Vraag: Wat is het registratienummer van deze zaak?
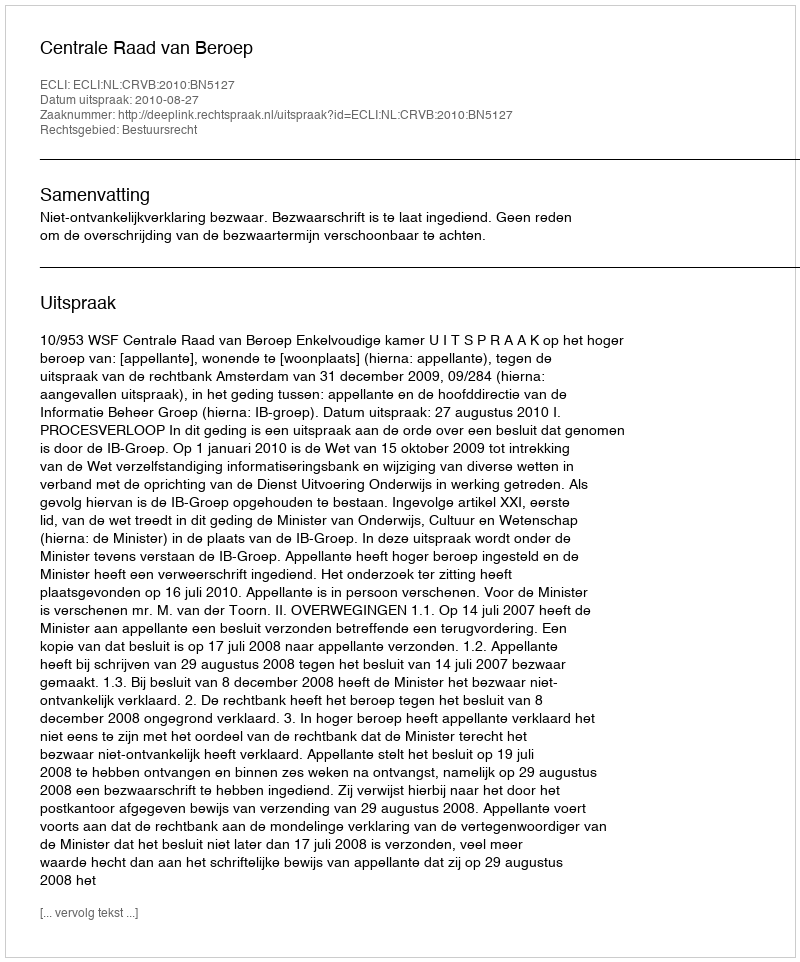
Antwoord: http://deeplink.rechtspraak.nl/uitspraak?id=ECLI:NL:CRVB:2010:BN5127